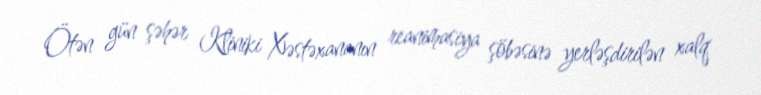
Ötən gün şəhər Kliniki Xəstəxananın reanimasiya şöbəsinə yerləşdirilən xalq